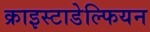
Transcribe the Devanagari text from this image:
क्राइस्टाडेल्फियन